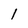
Character: 1